Jaan_Tonisson_(Lasteleht), lk 20
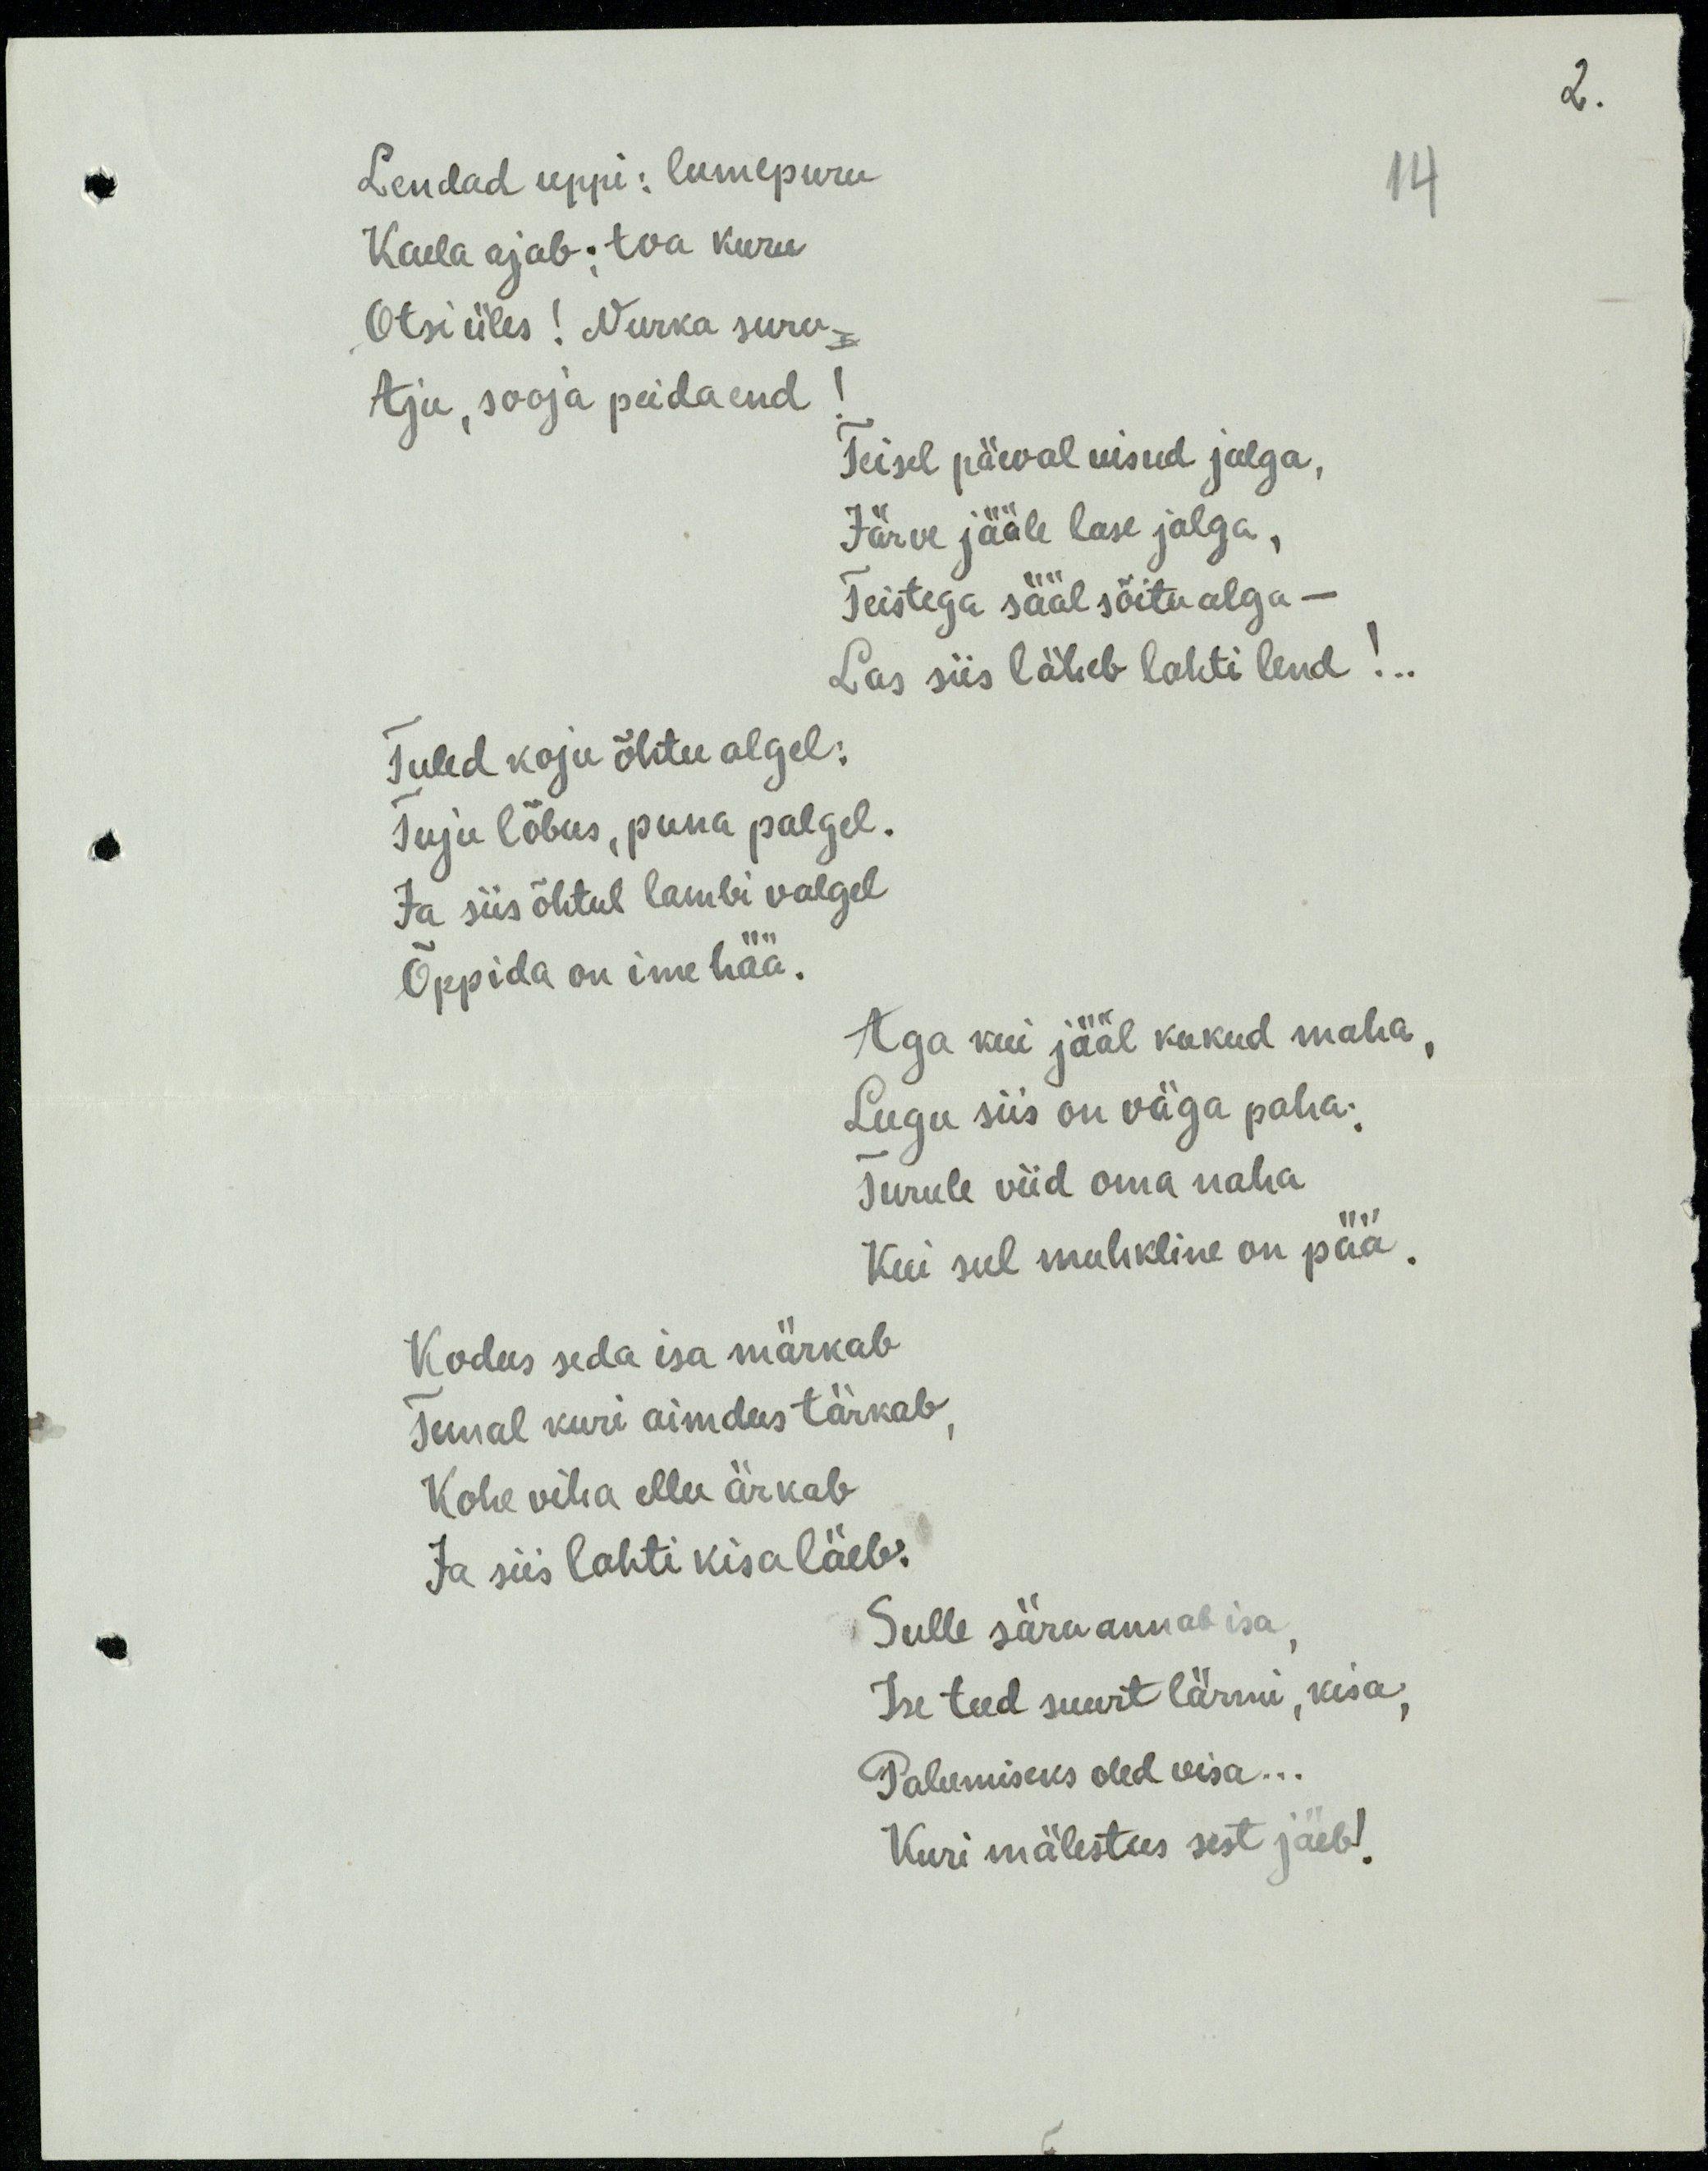
Lendad uppi: lumepuru
Kaela ajab; toa kuru
Otsi üles! Nurka suru,
Aju, sooja peida end!
Teisel päeval uisud jalga,
Järve jääle lase jalga,
Teistega sääl sõitu alga –
Las siis läheb lahti lend!..
Tuled koju õhtu algel:
Tuju lõbus, puna palgel.
Ja siis õhtul lambi valgel
Õppida on ime hää.
Aga kui jääl kukud maha,
Lugu siis on väga paha:
Turule viid oma naha
Kui sul muhkline on pää.
Kodus seda isa märkab
Temal kuri aimdus tärkab,
Kohe viha ellu ärkab
Ja siis lahti kisa läeb.
Sulle säru annab isa,
Ise teed suurt lärmi, kisa,
Palumiseks oled visa...
Kuri mälestus sest jäeb!

2.